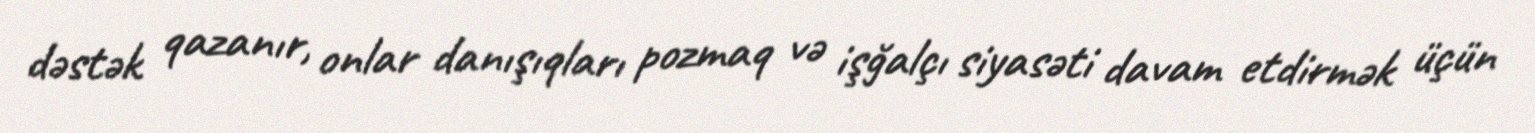
dəstək qazanır, onlar danışıqları pozmaq və işğalçı siyasəti davam etdirmək üçün